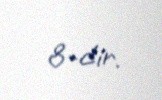
8-dir.